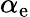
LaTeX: \alpha_{\mathrm{e}}